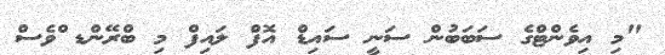
"މި އިވެންޓްގެ ސަބަބުން ސަނީ ސައިޑް އޮފް ލައިފް މި ބްރޭންޑ ްވެސް